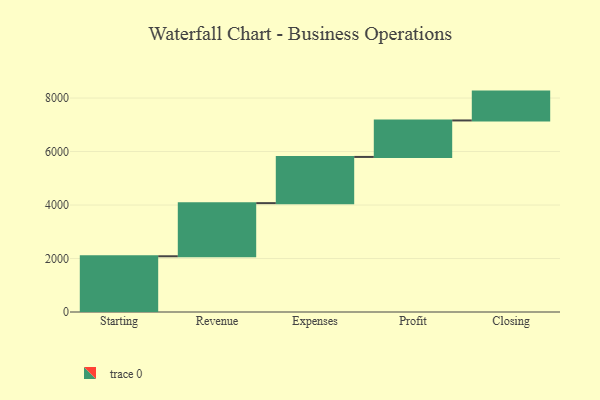
{"axis": {"x": "Step", "y": "Value"}, "legend": [""], "data": [{"x": "Starting", "y": 2084.0, "type": ""}, {"x": "Revenue", "y": 1987.0, "type": ""}, {"x": "Expenses", "y": 1728.0, "type": ""}, {"x": "Profit", "y": 1364.0, "type": ""}, {"x": "Closing", "y": 1079.0, "type": ""}]}